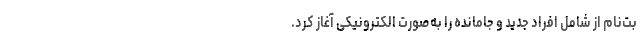
بت‌نام از شامل افراد جدید و جامانده را به‌صورت الکترونیکی آغاز کرد.